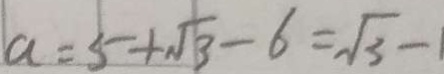
a = 5 + \sqrt { 3 } - 6 = \sqrt { 3 } - 1